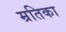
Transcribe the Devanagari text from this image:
म्रतिका